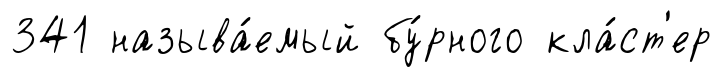
341 называ́емый бу́рного кла́ст'ер